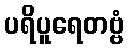
ပရိပူရေတဗ္ဗံ